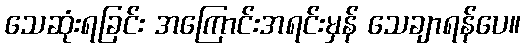
သေဆုံးရခြင်း အကြောင်းအရင်းမှန် သေချာရန်ပေ။